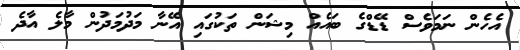
އެހެން ނަމަވެސް ޑޭޑްގެ ބައެއް މިޝަން ތަކުގައި އޭނާ މަދުމަދުން މާލެ އާދެ